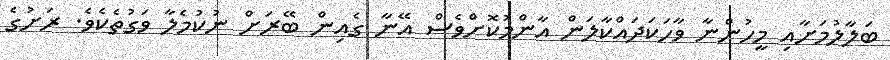
ބަލާލުމަށާއި މީހުންނާ ވާހަކަދައްކާލަން އާންމުކޮށްވެސް އޭނާ ގެއިން ބޭރަށް ނުކުމެލާ ވަގުތެކެވެ. ރަށުގެ